Sketch of the medical history of the native army of Bombay, for the year
Year: 1876
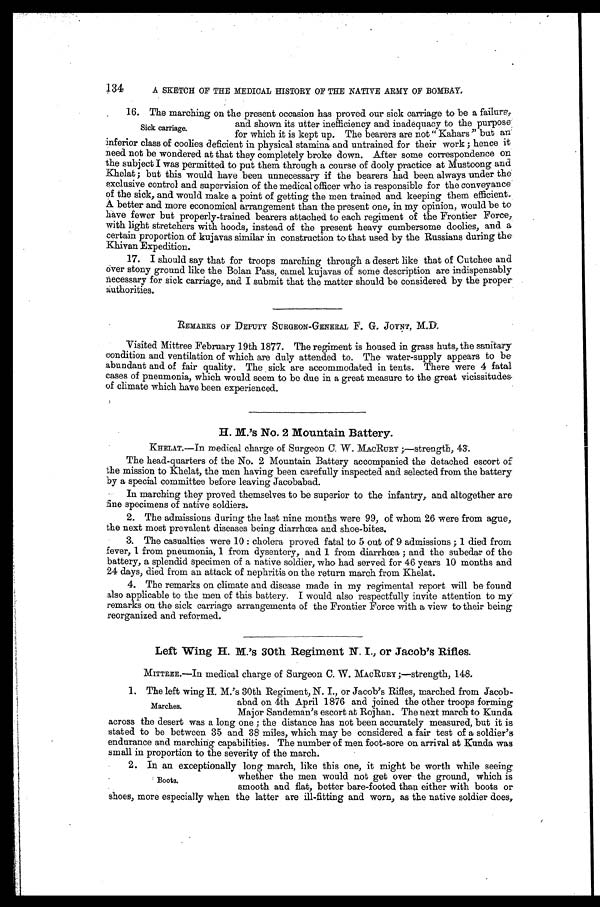
134
A SKETCH OF THE MEDICAL HISTORY OF THE NATIVE ARMY OF BOMBAY.
16. The marching on the present occasion has proved our sick carriage to be a failure,
.
ge
a
carri
and shown its utter inefficiency and inadequacy to the purpose
Sick
for which it is kept up. The bearers are not "Kahars" but an
inferior class of coolies deficient in physical stamina and untrained for their work; hence it
need not be wondered at that they completely broke down. After some correspondence on
the subject I was permitted to put them through a course of dooly practice at Mustoong and
Khelat; but this would have been unnecessary if the bearers had been always under the
exclusive control and supervision of the medical officer who is responsible for the conveyance
of the sick, and would make a point of getting the men trained and keeping them efficient.
A better and more economical arrangement than the present one, in my opinion, would be to
have fewer but properly-trained bearers attached to each regiment of the Frontier Force,
with light stretchers with hoods, instead of the present heavy cumbersome doolies, and a
certain proportion of kujavas similar in construction to that used by the Russians during the
Khivan Expedition.
17. I should say that for troops marching through a desert like that of Cutchee and
over stony ground like the Bolan Pass, camel kujavas of some description are indispensably
necessary for sick carriage, and I submit that the matter should be considered by the proper
authorities.
REMARKS OE DEPUTY SURGEON-GENERAL F. G. JOYNT, M.D.
Visited Mittree February 19th 1877. The regiment is housed in grass huts, the sanitary
condition and ventilation of which are duly attended to. The water-supply appears to be
abundant and of fair quality. The , sick are accommodated in tents. There were 4 fatal
cases of pneumonia, which would seem to be due in a great measure to the great vicissitudes
of climate which have been experienced.
H. M.'s No. 2 Mountain Battery.
KIIELAT.—In medical charge of Surgeon CL W. MACRURY;—strength, 43.
The head-quarters of the No. 2 Mountain Battery accompanied the detached escort of
the mission to Khelat, the men having been carefully inspected and selected from the battery
by a special committee before leaving Jacobabad.
In marching they proved themselves to be superior to the infantry, and altogether are
fine specimens of native soldiers.
2. The admissions during the last nine months were 99, of whom 26 were from ague,
the next most prevalent diseases being diarrhoea and shoe-bites.
3. The casualties were 10: cholera proved fatal to 5 out of 9 admissions; 1 died from
fever, 1 from pneumonia, 1 from dysentery, and 1 from diarrhœa; and the subedar of the
battery, a splendid specimen of a native soldier, who had served for 46 years 10 months and
24 days, died from an attack of nephritis on the return march from Khelat.
4. The remarks on climate and disease made in my regimental report will be found
also applicable to the men of this battery. I would also respectfully invite attention to my
remarks on the sick carriage arrangements of the Frontier Force with a view to their being
reorganized and reformed.
Left Wing H. M.'s 30th Regiment N. I., or Jacob's Rifles.
MITTREE.—In medical charge of Surgeon C. W. MACRURY ;—strength, 148.
1. The left wing H. M.'s 30th Regiment, N. I., or Jacob's Rifles, marched from Jacob-
abad on 4th April 1876 and joined the other troops forming
Marches.
Major Sandeman's escort at Rojhan. The next march to Kunda
across the desert was a long one; the distance has not been accurately measured, but it is
stated to be between 35 and 38 miles, which may be considered a fair test of a soldier's
endurance and marching capabilities. The number of men foot-sore on arrival at Kunda was
small in proportion to the severity of the march.
2 . I n a n e x c e p t i o n a l l y l o n g m a r c h , l i k e t h i s o n e , i t m i g h t b e w o r t h w h i l e s e e i n g
whether the men would not get over the ground, which is
Boots.
smooth and flat, better bare-footed than either with boots or
shoes, more especially when the latter are ill-fitting and worn, as the native soldier does,